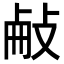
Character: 𢼾